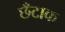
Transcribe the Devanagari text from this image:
छँटाक